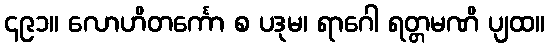
၄၉၁။ လောဟိတင်္ကော စ ပဒုမ၊ ရာဂေါ ရတ္တမဏိ ပျထ။